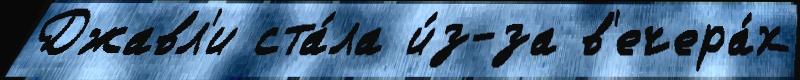
Джавл'и ста́ла и́з-за в'ечера́х